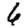
Digit: 6